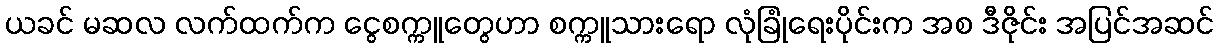
ယခင် မဆလ လက်ထက်က ငွေစက္ကူတွေဟာ စက္ကူသားရော လုံခြုံရေးပိုင်းက အစ ဒီဇိုင်း အပြင်အဆင်